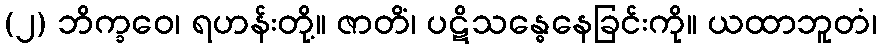
(၂) ဘိက္ခဝေ၊ ရဟန်းတို့။ ဇာတိံ၊ ပဋိသန္ဓေနေခြင်းကို။ ယထာဘူတံ၊